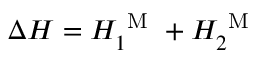
\Delta H = H _ { 1 } ^ { \mathrm { ~ M ~ } } + H _ { 2 } ^ { \mathrm { ~ M ~ } }